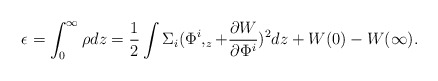
\begin{align*}\epsilon=\int _0 ^\infty \rho dz =\frac 12 \int\Sigma _i( \Phi ^i,_z + \frac {\partial W}{\partial\Phi ^i})^2 dz + W(0) -W(\infty).\end{align*}